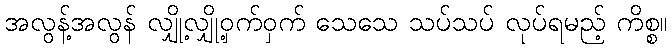
အလွန့်အလွန် လျှို့လျှို့ဝှက်ဝှက် သေသေ သပ်သပ် လုပ်ရမည့် ကိစ္စ။